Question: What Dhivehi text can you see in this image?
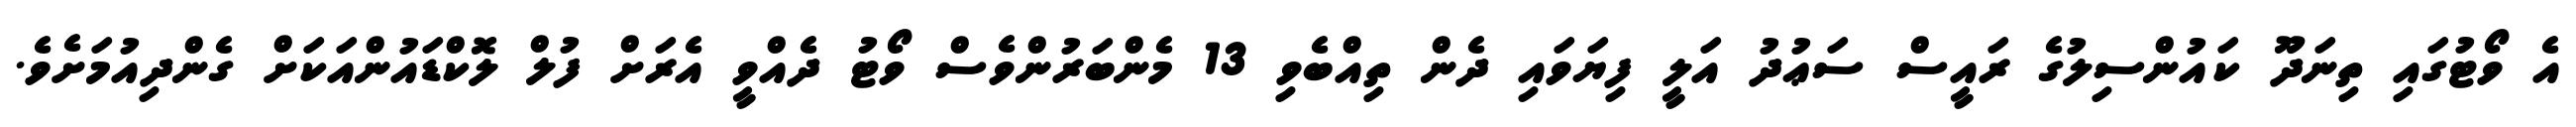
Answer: އެ ވޯޓުގައި ތިނަދޫ ކައުންސިލުގެ ރައީސް ސަޢުދު އަލީ ފިޔަވައި ދެން ތިއްބެވި 13 މެންބަރުންވެސް ވޯޓު ދެއްވީ އެރަށް ފުލް ލޮކްޑައުންއަކަށް ގެންދިއުމަށެވެ.